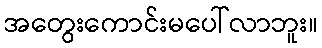
အတွေးကောင်းမပေါ်လာဘူး။